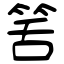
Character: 筈